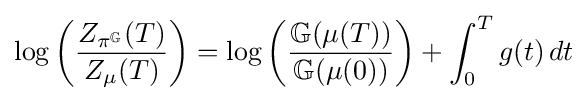
\log \left({\frac {Z_{\pi ^{\mathbb {G} }}(T)}{Z_{\mu }(T)}}\right)=\log \left({\frac {\mathbb {G} (\mu (T))}{\mathbb {G} (\mu (0))}}\right)+\int _{0}^{T}g(t)\,dt